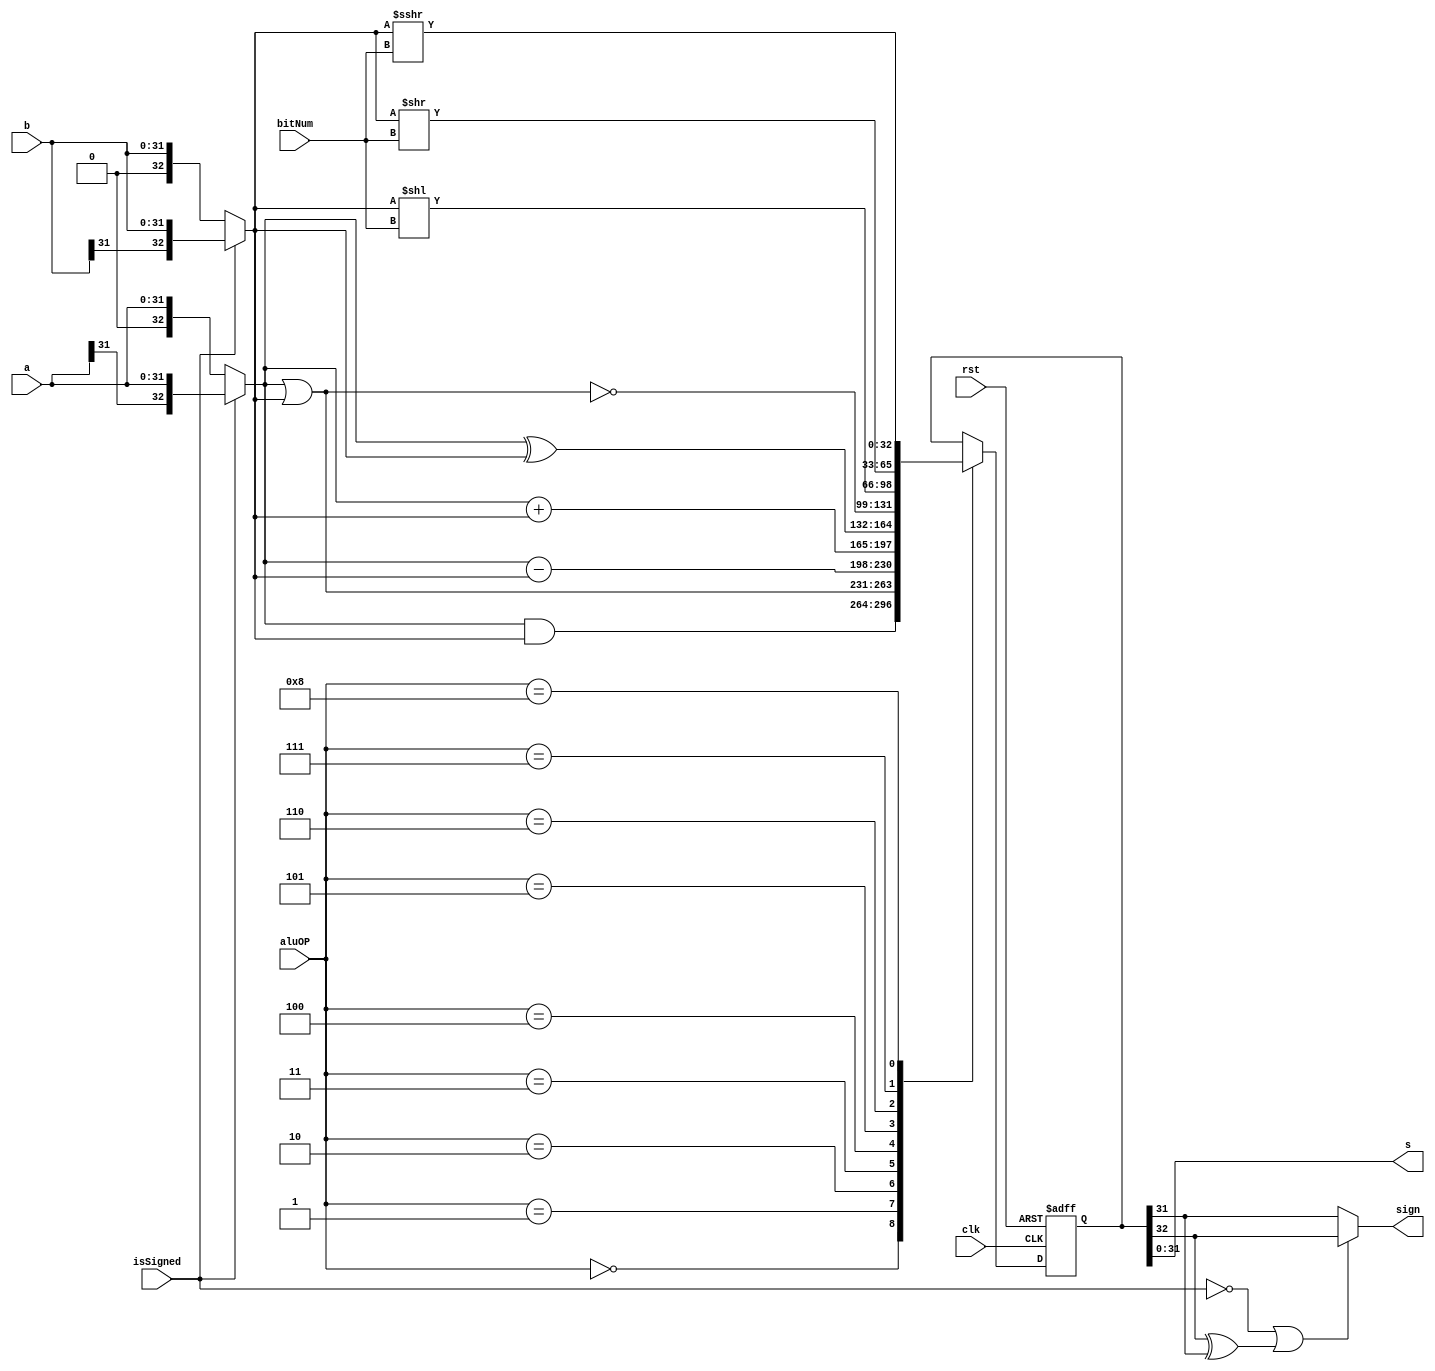
module ALU (
    input[31:0] a,input[31:0] b,input[4:0] bitNum,
    input[3:0] aluOP,input isSigned,input clk,input rst,
    output[31:0] s,output sign
);
    reg[32:0] sReg;
    reg sign;

    reg[32:0] a_;
    reg[32:0] b_;

    always @(*) begin
        if(~isSigned) begin
            a_={1'b0,a};
            b_={1'b0,b}; 
        end
        else begin
            a_={a[31],a};
            b_={b[31],b};
        end
    end

    

    always @(posedge clk or posedge rst) begin
        if(rst) begin
            sReg<=0;
        end
        else begin
            case (aluOP)
                4'b0000: sReg<=a_&b_;
                4'b0001: sReg<=a_|b_;
                4'b0010: sReg<=a_-b_;
                4'b0011: sReg<=a_+b_;
                4'b0100: sReg<=a_^b_;
                4'b0101: sReg<=~(a_|b_);
                4'b0110: sReg<=b_<<bitNum;
                4'b0111: sReg<=b_>>bitNum;
                4'b1000: sReg<=($signed(b_))>>>bitNum;
            endcase
        end
        
    end

    always @(*) begin
        if(isSigned==0 || (sReg[32]^sReg[31])==1) begin
            sign=sReg[32];
        end
        else begin
            sign=sReg[31];
        end
    end

    assign s=sReg[31:0];
endmodule